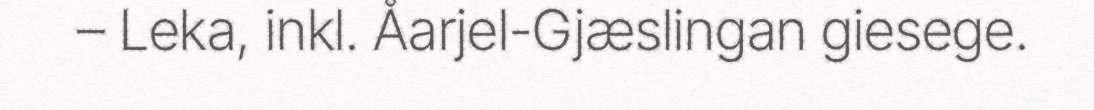
– Leka, inkl. Åarjel-Gjæslingan giesege.